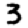
Digit: 3